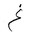
Letter: _gayn